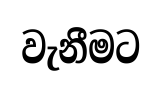
වැනීමට